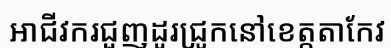
អាជីវករជួញដូរជ្រូកនៅខេត្តតាកែវ